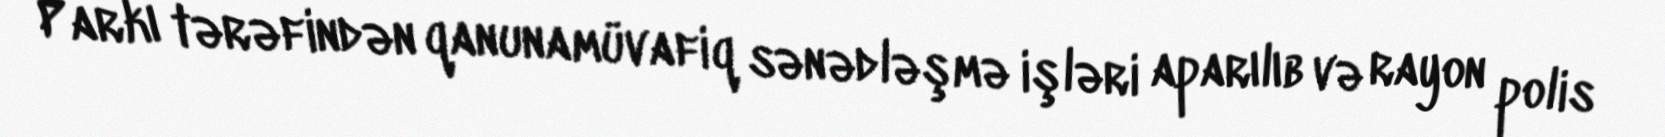
Parkı tərəfindən qanunamüvafiq sənədləşmə işləri aparılıb və rayon polis